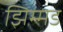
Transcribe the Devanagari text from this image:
झिम्मड